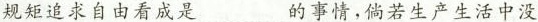
规矩追求自由看成是…………的事情，倘若生产生活中没